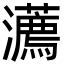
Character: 瀳